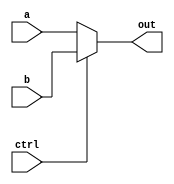
module Mux2to1 (a, b, ctrl, out);

	parameter n=32;
	input  [4:0] a;
	input  [4:0] b;
	input  ctrl;
	output [4:0] out;
	reg[4:0] out1;
	always@(*)
begin
	out1 = ctrl?b:a;
end
assign out = out1;
endmodule